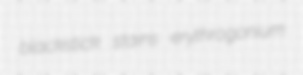
blackstick stains erythrogonium